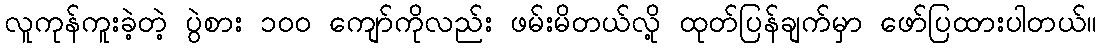
လူကုန်ကူးခဲ့တဲ့ ပွဲစား ၁၀၀ ကျော်ကိုလည်း ဖမ်းမိတယ်လို့ ထုတ်ပြန်ချက်မှာ ဖော်ပြထားပါတယ်။